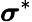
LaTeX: \boldsymbol{\sigma}^{\ast}